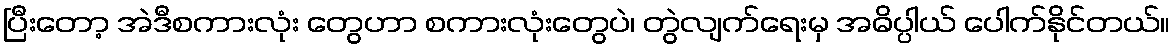
ပြီးတော့ အဲဒီစကားလုံး တွေဟာ စကားလုံးတွေပဲ၊ တွဲလျက်ရေးမှ အဓိပ္ပါယ် ပေါက်နိုင်တယ်။